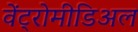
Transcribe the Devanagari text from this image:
वेंट्रोमीडिअल